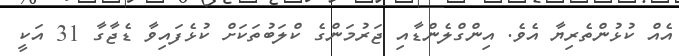
އެއް ކުޅުންތެރިޔާ އެވެ. އިންގްލެންޑާއި ޖަރުމަންގެ ކްލަބުތަކަށް ކުޅެފައިވާ ޑެޖާގާ 31 އަކީ